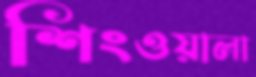
শিংওয়ালা